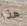
هذا